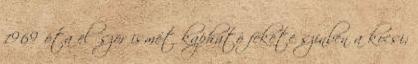
1969 óta először ismét kapható fekete színben a kocsi;